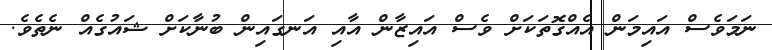
ނަމަވެސް އައިމަން އެއްގޮތަކަށް ވެސް އައިޒާން އާއި އަނގައިން ބުނާކަށް ޝައުގެއް ނެތެވެ.